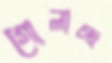
গোলাচ্ছ